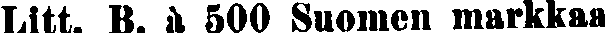
Litt. B. à 500 Suomen markkaa